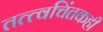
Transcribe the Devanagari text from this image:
तत्त्वचिंतकही